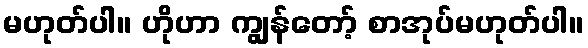
မဟုတ်ပါ။ ဟိုဟာ ကျွန်တော့် စာအုပ်မဟုတ်ပါ။